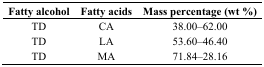
<table><thead><tr><td><b>Fatty alcohol</b></td><td><b>Fatty acids</b></td><td><b>Mass percentage (wt %)</b></td></tr></thead><tbody><tr><td>TD</td><td>CA</td><td>38.00–62.00</td></tr><tr><td>TD</td><td>LA</td><td>53.60–46.40</td></tr><tr><td>TD</td><td>MA</td><td>71.84–28.16</td></tr></tbody></table>